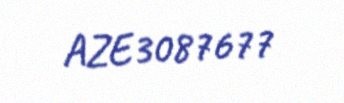
AZE3087677